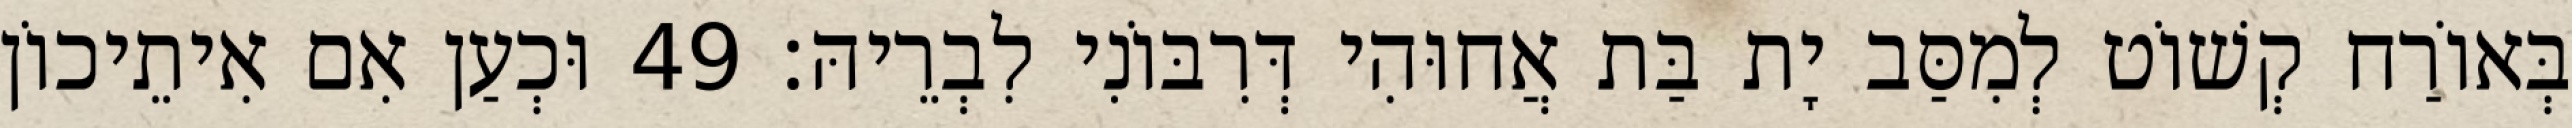
בְּאוֹרַח קְשׁוֹט לְמִסַּב יָת בַּת אֲחוּהִי דְּרִבּוֹנִי לִבְרֵיהּ׃ 49 וּכְעַן אִם אִיתֵיכוֹן